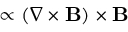
\propto ( \nabla \times { \bf { B } } ) \times { \bf { B } }